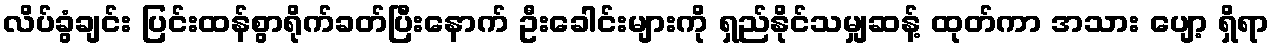
လိပ်ခွံချင်း ပြင်းထန်စွာရိုက်ခတ်ပြီးနောက် ဦးခေါင်းများကို ရှည်နိုင်သမျှဆန့် ထုတ်ကာ အသား ပျော့ ရှိရာ